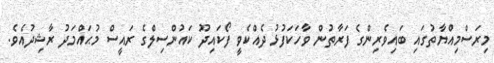
މިރަސްމިއްޔާތުގައި ބައިވެރިންގެ ފަރާތުން ވާހަކަފުޅު ދެއްކެވީ ފޯކައިދޫ ކައުންސިލްގެ ރައީސް މުޙައްމަދު ރާޝިދުއެވެ.